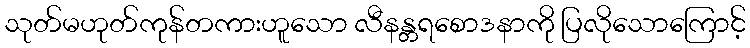
သုတ်မဟုတ်ကုန်တကားဟူသော လီနန္တရစောဒနာကို ပြလိုသောကြောင့်